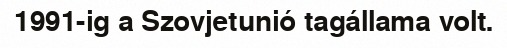
1991-ig a Szovjetunió tagállama volt.